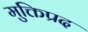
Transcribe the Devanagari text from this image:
मुक्तिप्रद